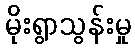
မိုးရွာသွန်းမှု